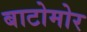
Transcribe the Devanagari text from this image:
बाटोमोर